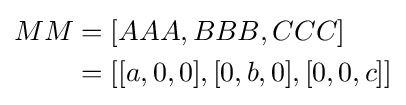
{\begin{aligned}MM&=[AAA,BBB,CCC]\\&=[[a,0,0],[0,b,0],[0,0,c]]\end{aligned}}